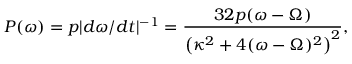
\ensuremath { P ( \omega ) = p | d \omega / d t | ^ { - 1 } = \frac { 3 2 p ( \omega - \Omega ) } { \left( \kappa ^ { 2 } + 4 ( \omega - \Omega ) ^ { 2 } \right) ^ { 2 } } } ,